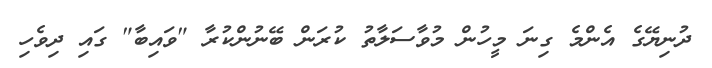
ދުނިޔޭގެ އެންމެ ގިނަ މީހުން މުވާސަލާތު ކުރަން ބޭނުންކުރާ "ވައިބާ" ގައި ދިވެހި